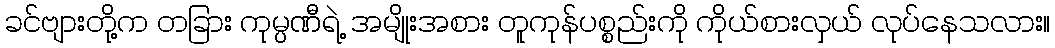
ခင်ဗျားတို့က တခြား ကုမ္ပဏီရဲ့ အမျိုးအစား တူကုန်ပစ္စည်းကို ကိုယ်စားလှယ် လုပ်နေသလား။